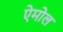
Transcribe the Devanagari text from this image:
ऐमोल